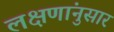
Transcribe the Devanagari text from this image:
लक्षणांनुसार